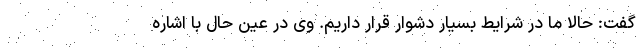
گفت: حالا ما در شرایط بسیار دشوار قرار داریم. وی در عین حال با اشاره